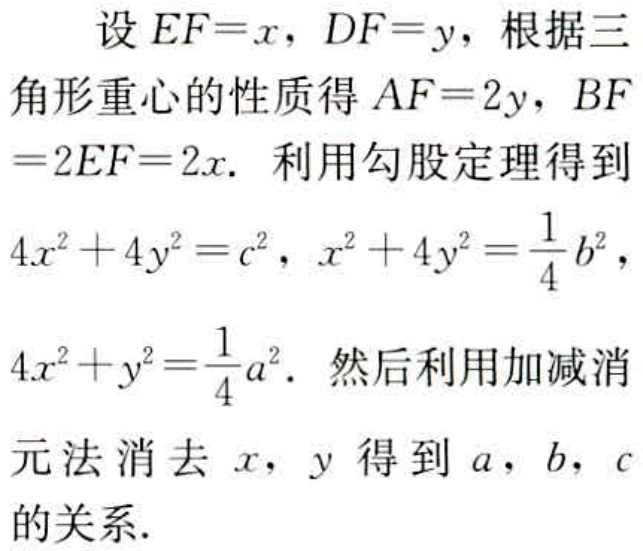
设 \(EF = x\)，\(DF = y\)，根据三角形重心的性质得 \(AF = 2y\)，\(BF=2EF = 2x\). 利用勾股定理得到 \(4x^{2}+4y^{2}=c^{2}\)，\(x^{2}+4y^{2}=\frac{1}{4}b^{2}\)，\(4x^{2}+y^{2}=\frac{1}{4}a^{2}\). 然后利用加减消元法消去 \(x\)，\(y\) 得到 \(a\)，\(b\)，\(c\) 的关系.